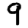
Digit: 9